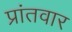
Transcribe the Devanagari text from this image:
प्रांतवार